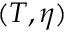
( T , \eta )